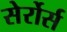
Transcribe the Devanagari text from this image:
सेर्रोर्स